Code of medical and sanitary regulations for the guidance of medical officers serving in the Madras Presidency - Volume I
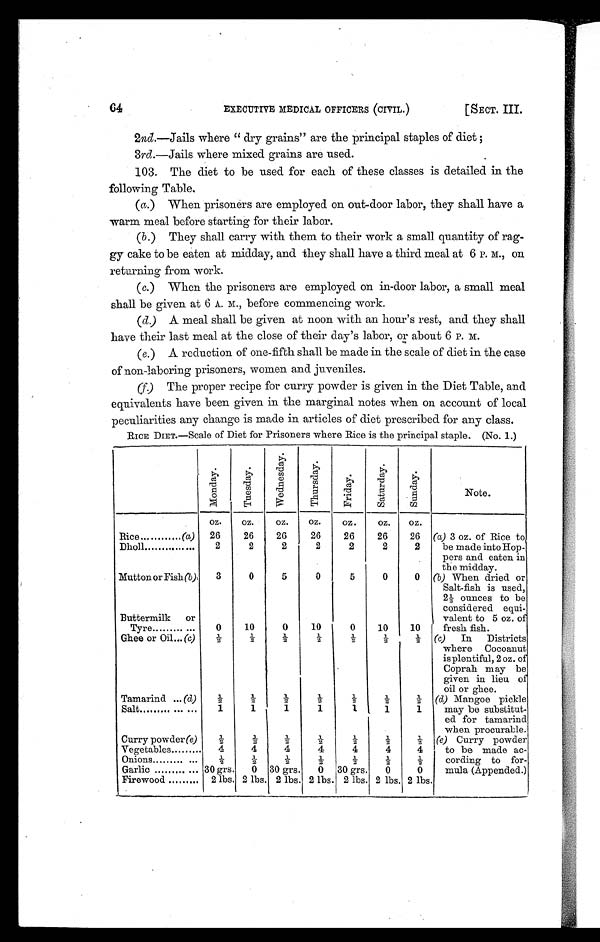
64
EXECUTIVE MEDICAL OFFICERS (CIVIL.)
[SECT. III.
2nd.—Jails where " dry grains" are the principal staples of diet ;
3rd.—Jails where mixed grains are used.
103. The diet to be used for each of these classes is detailed in the
following Table.
(a.) When prisoners are employed on out-door labor, they shall have a
warm meal before starting for their labor.
(b.) They shall carry with them to their work a small quantity of rag-
gy cake to be eaten at midday, and they shall have a third meal at 6 P. M., on
returning from work.
(c.) When the prisoners are employed on in-door labor, a small meal
shall be given at 6 A.M. before commencing work.
(d.) A meal shall be given at noon with an hour's rest, and they shall
have their last meal at the close of their day's labor, or about 6
P . M .
(e.) A reduction of one-fifth shall be made in the scale of diet in the case
of non-laboring prisoners, women and juveniles.
(f.) The proper recipe for curry powder is given in the Diet Table, and
equivalents have been given in the marginal notes when on account of local
peculiarities any change is made in articles of diet prescribed for any class.
RICE DIET. —Scale of Diet for Prisoners where Rice is the principal staple. (No. 1.)
M o n d a y .
T u e s d a y
.
W e d n e s d a y .
T h u r s d a y .
F r i d a y .
S a t u r d a y .
S u n d a y .
N o t e .
oz.
oz.
oz.
oz.
oz.
oz.
oz.
Rice...
(a)
26
26
26
26
26
26
26
(a) 3 oz. of Rice to
be made into Hop-
pers and eaten in
the midday.
Dholl
...........
2
2
2
2
2
2
2
Mutton or Fish (b)
3
0
5
0
5
0
0
(b) When dried or
Salt-fish is used,
2½ ounces to be
considered equi-
valent to 5 oz. of
fresh fish.
Buttermilk
or
Tyre
0
10
0
10
0
10
10
Ghee or Oil... (c)
½
½
½
½
½
½
½ (c) In Districts
where Cocoanut
is plentiful, 2 oz. of
Coprah may be
given in lieu of
oil or ghee.
Tamarind ... (d)
½
½
½
½
½
½
½ (d)M a n g o e p i c k l e
may be substitut-
ed for tamarind
when procurable.
Salt ......... ...
1
1
1
1
1
1
1
Curry powder (e)
½
½
½
½
½
½
½ (e) Curry powder
to be made ac-
cording to for-
mula (Appended.)
Vegetables
4
4
4
4
4
4
4
Onions
½
½
½
½
½
½
½
Garlic
30 grs.
0 30 grs.
0 30 grs.
0
0
Firewood
2 lbs. 2 lbs. 2 lbs. 2 lbs. 2 lbs. 2 lbs. 2 lbs.